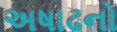
અષાઢનો